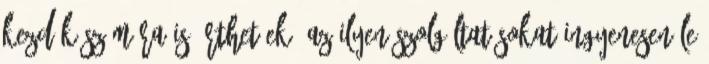
kezdők számára is érthetőek. Az ilyen szolgáltatásokat ingyenesen le